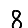
Digit: 8